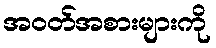
အဝတ်အစားများကို